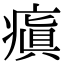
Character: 瘨